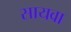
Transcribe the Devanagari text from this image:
सायवा